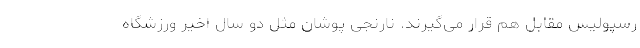
رسپولیس مقابل هم قرار می‌گیرند. نارنجی پوشان مثل دو سال اخیر ورزشگاه